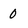
Character: 0